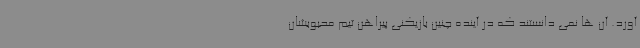
آورد. آن ها نمی دانستند که در آینده چنین بازیکنی پیراهن تیم محبوبشان